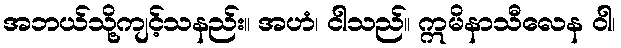
အဘယ်သို့ကျင့်သနည်း။ အဟံ၊ ငါသည်။ ဣမိနာသီလေန ဝါ၊